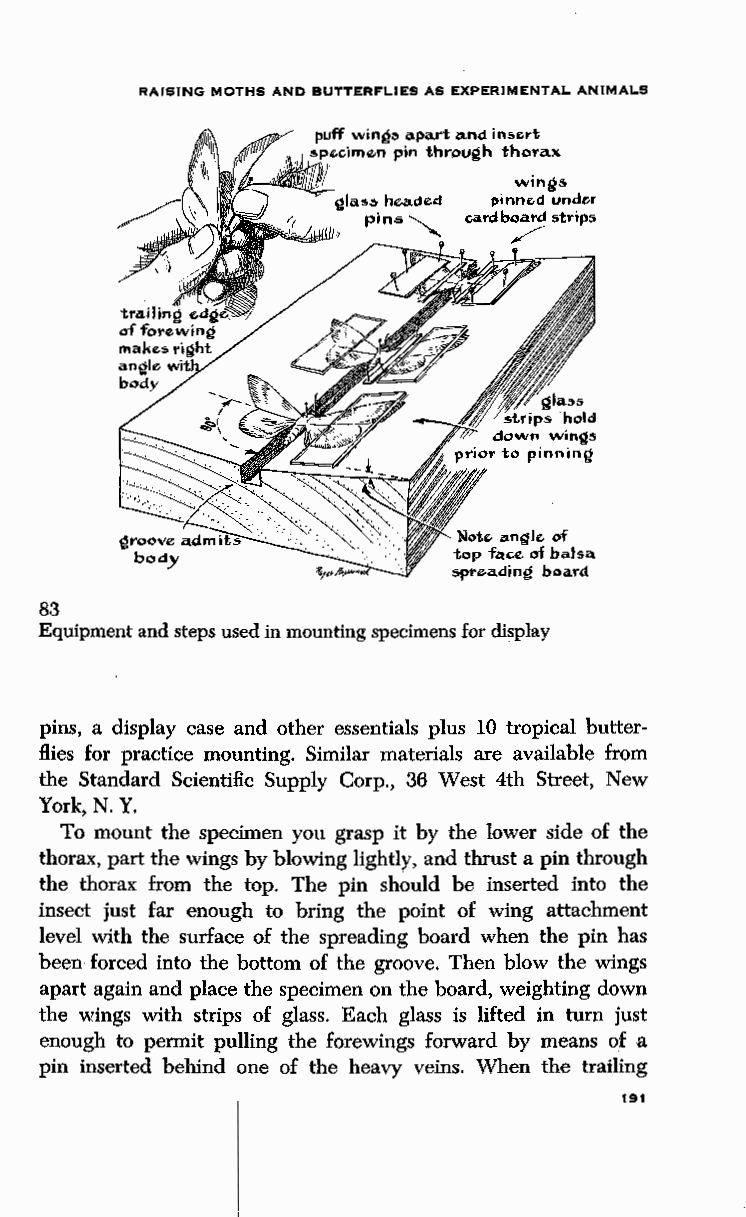
RAISING MOTHS AND BUTTERFLIES AS EXPERIMENTAL ANIMALS
 puff winQ3 apart and in!>~rt
 sp~cime.n pin through thorax
 wings
 pinn~d under
 cilrdboard strips
 /
 Not~ angl~ cf
 top f~c:e. of balsa
 spre-ading board
 83
 Equipment and steps used in mounting specimens for display
 pins, a display case and other essentials plus 10 tropical butter
 flies for practice mounting. Similar materials are available from
 the Standard Scientific Supply Corp.,; 36 West 4th Street, New
 York, N.Y.
 i
 To mount the specimen you grasp lt by the lower side of the
 thorax, part the wings by blowing lightly, and thrust a pin through
 the thorax from the top. The pin should be inserted into the
 insect just far enough to bring the point of wing attachment
 level with the surface of the spreading board when the pin has
 been forced into the bottom of the groove. Then blow the wings
 apart again and place the specimen on the board, weighting down
 the wings with strips of glass. Each glass is lifted in turn just
 enough to permit pulling the forewings forward by means of a
 pin inserted behind one of the heavy veins. When the trailing
 191